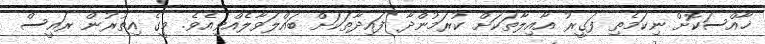
ޚާއްސަކޮށް ނިކަމެތި ފަގީރު އާއިލާތަކަށް ކުރަމުންދާ ފައިދާތަކަށް ބައްލަވާލެއްވިއެވެ. މީގެ އިތުރުން ރައީސް